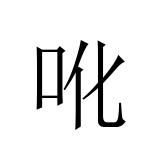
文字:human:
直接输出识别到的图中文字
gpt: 吪